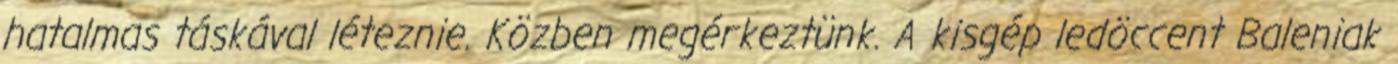
hatalmas táskával léteznie. Közben megérkeztünk. A kisgép ledöccent Baleniak